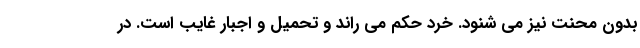
بدون محنت نیز می شنود. خرد حکم می راند و تحمیل و اجبار غایب است. در